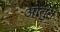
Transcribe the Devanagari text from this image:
ओतुन